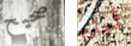
صحيح أحترم